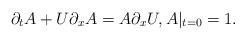
LaTeX: \begin{align*}\partial_t A + U \partial_x A = A \partial_x U, A|_{t=0} = 1.\end{align*}